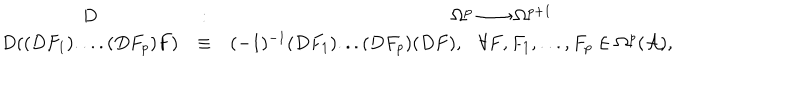
\begin{array} { c c c } { { D } } & { { : } } & { { \Omega ^ { p } \longrightarrow \Omega ^ { p + 1 } \hspace { 4 c m } } } \\ { { D ( ( D F _ { 1 } ) . . . . ( D F _ { p } ) F ) } } & { { \equiv } } & { { ( - 1 ) ^ { - 1 } ( D F _ { 1 } ) . . . ( D F _ { p } ) ( D F ) , \forall F , F _ { 1 } , . . . , F _ { p } \in \Omega ^ { p } ( { \cal A } ) , } } \\ \end{array}